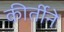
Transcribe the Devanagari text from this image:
कीर्तीने